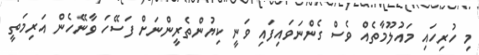
މި ހުރިހައި މައުލޫމާތެއް ވެސް ގެންނަވައިފައި ވަނީ ކިޔުންތެރީންނަށް ފަސޭހަ ވާނޭހެން އަރިމަތީ